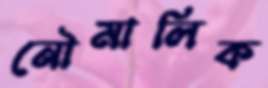
নৌমালিক